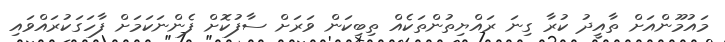
މައުމޫންއަށް ތާއީދު ކުރާ ގިނަ ރައްޔިތުންތަކެއް ތިބިކަން ވަރަށް ސާފުކޮށް ފެންނަކަމަށް ފާހަގަކުރައްވައި